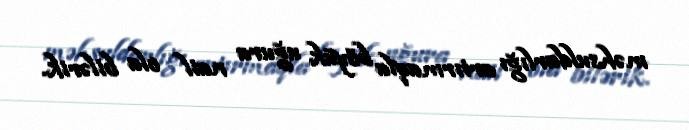
məhsuldarlığı artırmaqla böyük uğura nail ola bilərik.